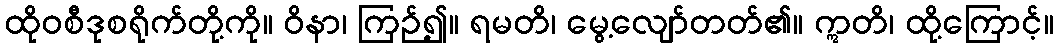
ထိုဝစီဒုစရိုက်တို့ကို။ ဝိနာ၊ ကြဉ်၍။ ရမတိ၊ မွေ့လျော်တတ်၏။ ဣတိ၊ ထို့ကြောင့်။